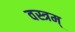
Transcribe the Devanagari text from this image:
वस्त्रम्‌